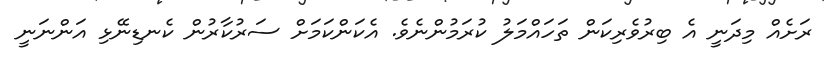
ރަށެއް މިދަނީ އެ ބިރުވެރިކަން ތަހައްމަލު ކުރަމުންނެވެ. އެކަންކަމަށް ސަރުކާރުން ކެނޑިނޭޅި އަންނަނީ